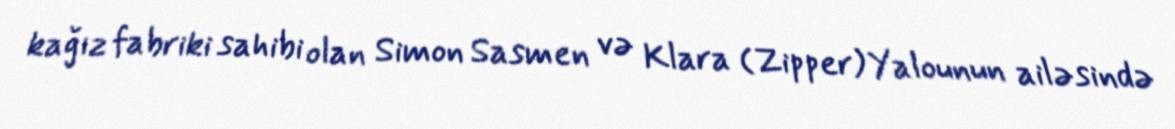
kağız fabriki sahibi olan Simon Sasmen və Klara (Zipper) Yalounun ailəsində